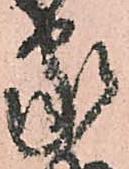
家